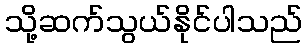
သို့ဆက်သွယ်နိုင်ပါသည်